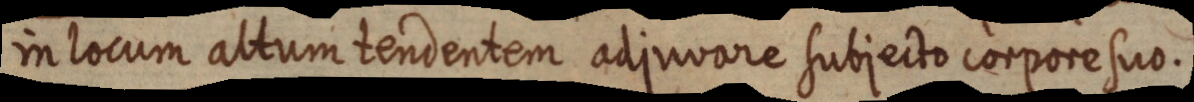
in locum altum tendentem adjuvare subjecto corpore suo.